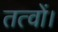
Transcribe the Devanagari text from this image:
तत्वों।